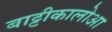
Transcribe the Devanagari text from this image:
बाट्टीकालोआ